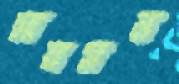
সারমন